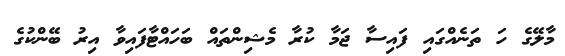
މާލޭގެ ހަ ތަނެއްގައި ފައިސާ ޖަމާ ކުރާ މެޝިންތައް ބަހައްޓާފައިވާ އިރު ބޭންކުގެ